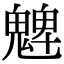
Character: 䰦